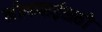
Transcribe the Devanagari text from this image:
लीलाबाईंसाठी